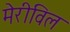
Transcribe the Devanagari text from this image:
मेरीविल